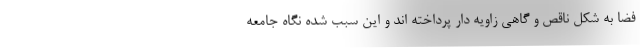
فضا به شکل ناقص و گاهی زاویه دار پرداخته اند و این سبب شده نگاه جامعه